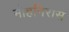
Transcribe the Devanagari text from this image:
मोहनिरास